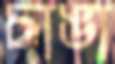
চাঙা